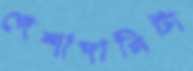
পেশাদারিটা